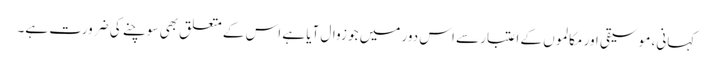
کہانی، موسیقی اور مکالموں کے اعتبار سے اس دور میں جو زوال آیا ہے اس کے متعلق بھی سوچنے کی ضرورت ہے۔